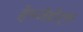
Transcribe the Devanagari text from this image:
हेनजेंडोर्फ